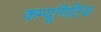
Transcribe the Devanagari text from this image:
कम्यूनिटिज